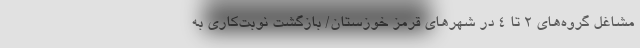
مشاغل گروه‌های ۲ تا ۴ در شهرهای قرمز خوزستان/ بازگشت نوبت‌کاری به